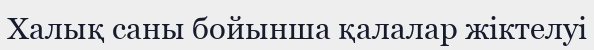
Халық саны бойынша қалалар жіктелуі